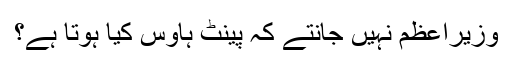
وزیراعظم نہیں جانتے کہ پینٹ ہاؤس کیا ہوتا ہے؟